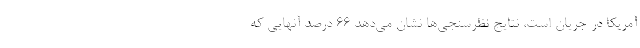
آمریکا در جریان است، نتایج نظرسنجی‌ها نشان می‌دهد ۶۶ درصد آنهایی که